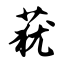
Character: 莸